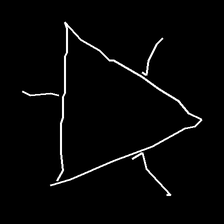
Glyph: fire